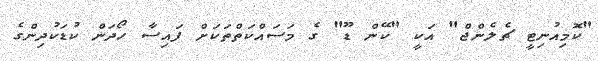
"ކޮމިއުނިޓީ ޗެލެންޖް" އަކީ "ކޭން ޑޫ" ގެ މަސައްކަތްތަކަށް ފައިސާ ހޯދަން ކުޑަކުދިންގެ